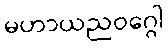
မဟာယညဝဂ္ဂေါ